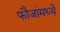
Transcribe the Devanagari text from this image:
फौजांमध्ये